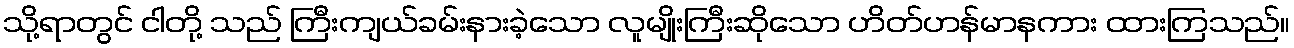
သို့ရာတွင် ငါတို့ သည် ကြီးကျယ်ခမ်းနားခဲ့သော လူမျိုးကြီးဆိုသော ဟိတ်ဟန်မာနကား ထားကြသည်။